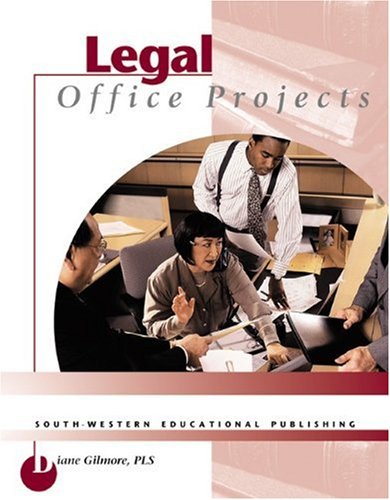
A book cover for Legal Office Projects: Text/Data Disk Package; Diane M. Gilmore; Law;